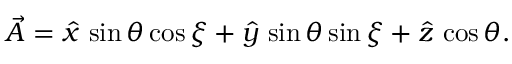
\vec { A } = \hat { x } \, \sin { \theta } \cos { \xi } + \hat { y } \, \sin { \theta } \sin { \xi } + \hat { z } \, \cos { \theta } .